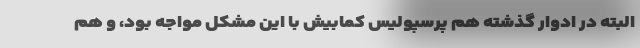
البته در ادوار گذشته هم پرسپولیس کمابیش با این مشکل مواجه بود، و هم